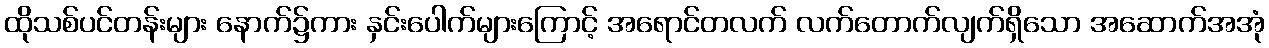
ထိုသစ်ပင်တန်းများ နောက်၌ကား နှင်းပေါက်များကြောင့် အရောင်တလက် လက်တောက်လျက်ရှိသော အဆောက်အအုံ